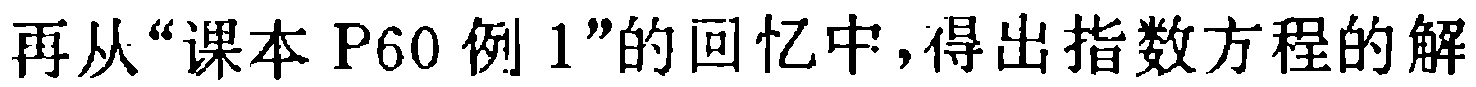
再从“课本 P60 例 1”的回忆中,得出指数方程的解